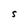
Character: S